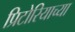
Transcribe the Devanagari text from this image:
प्रिटोरियाच्या